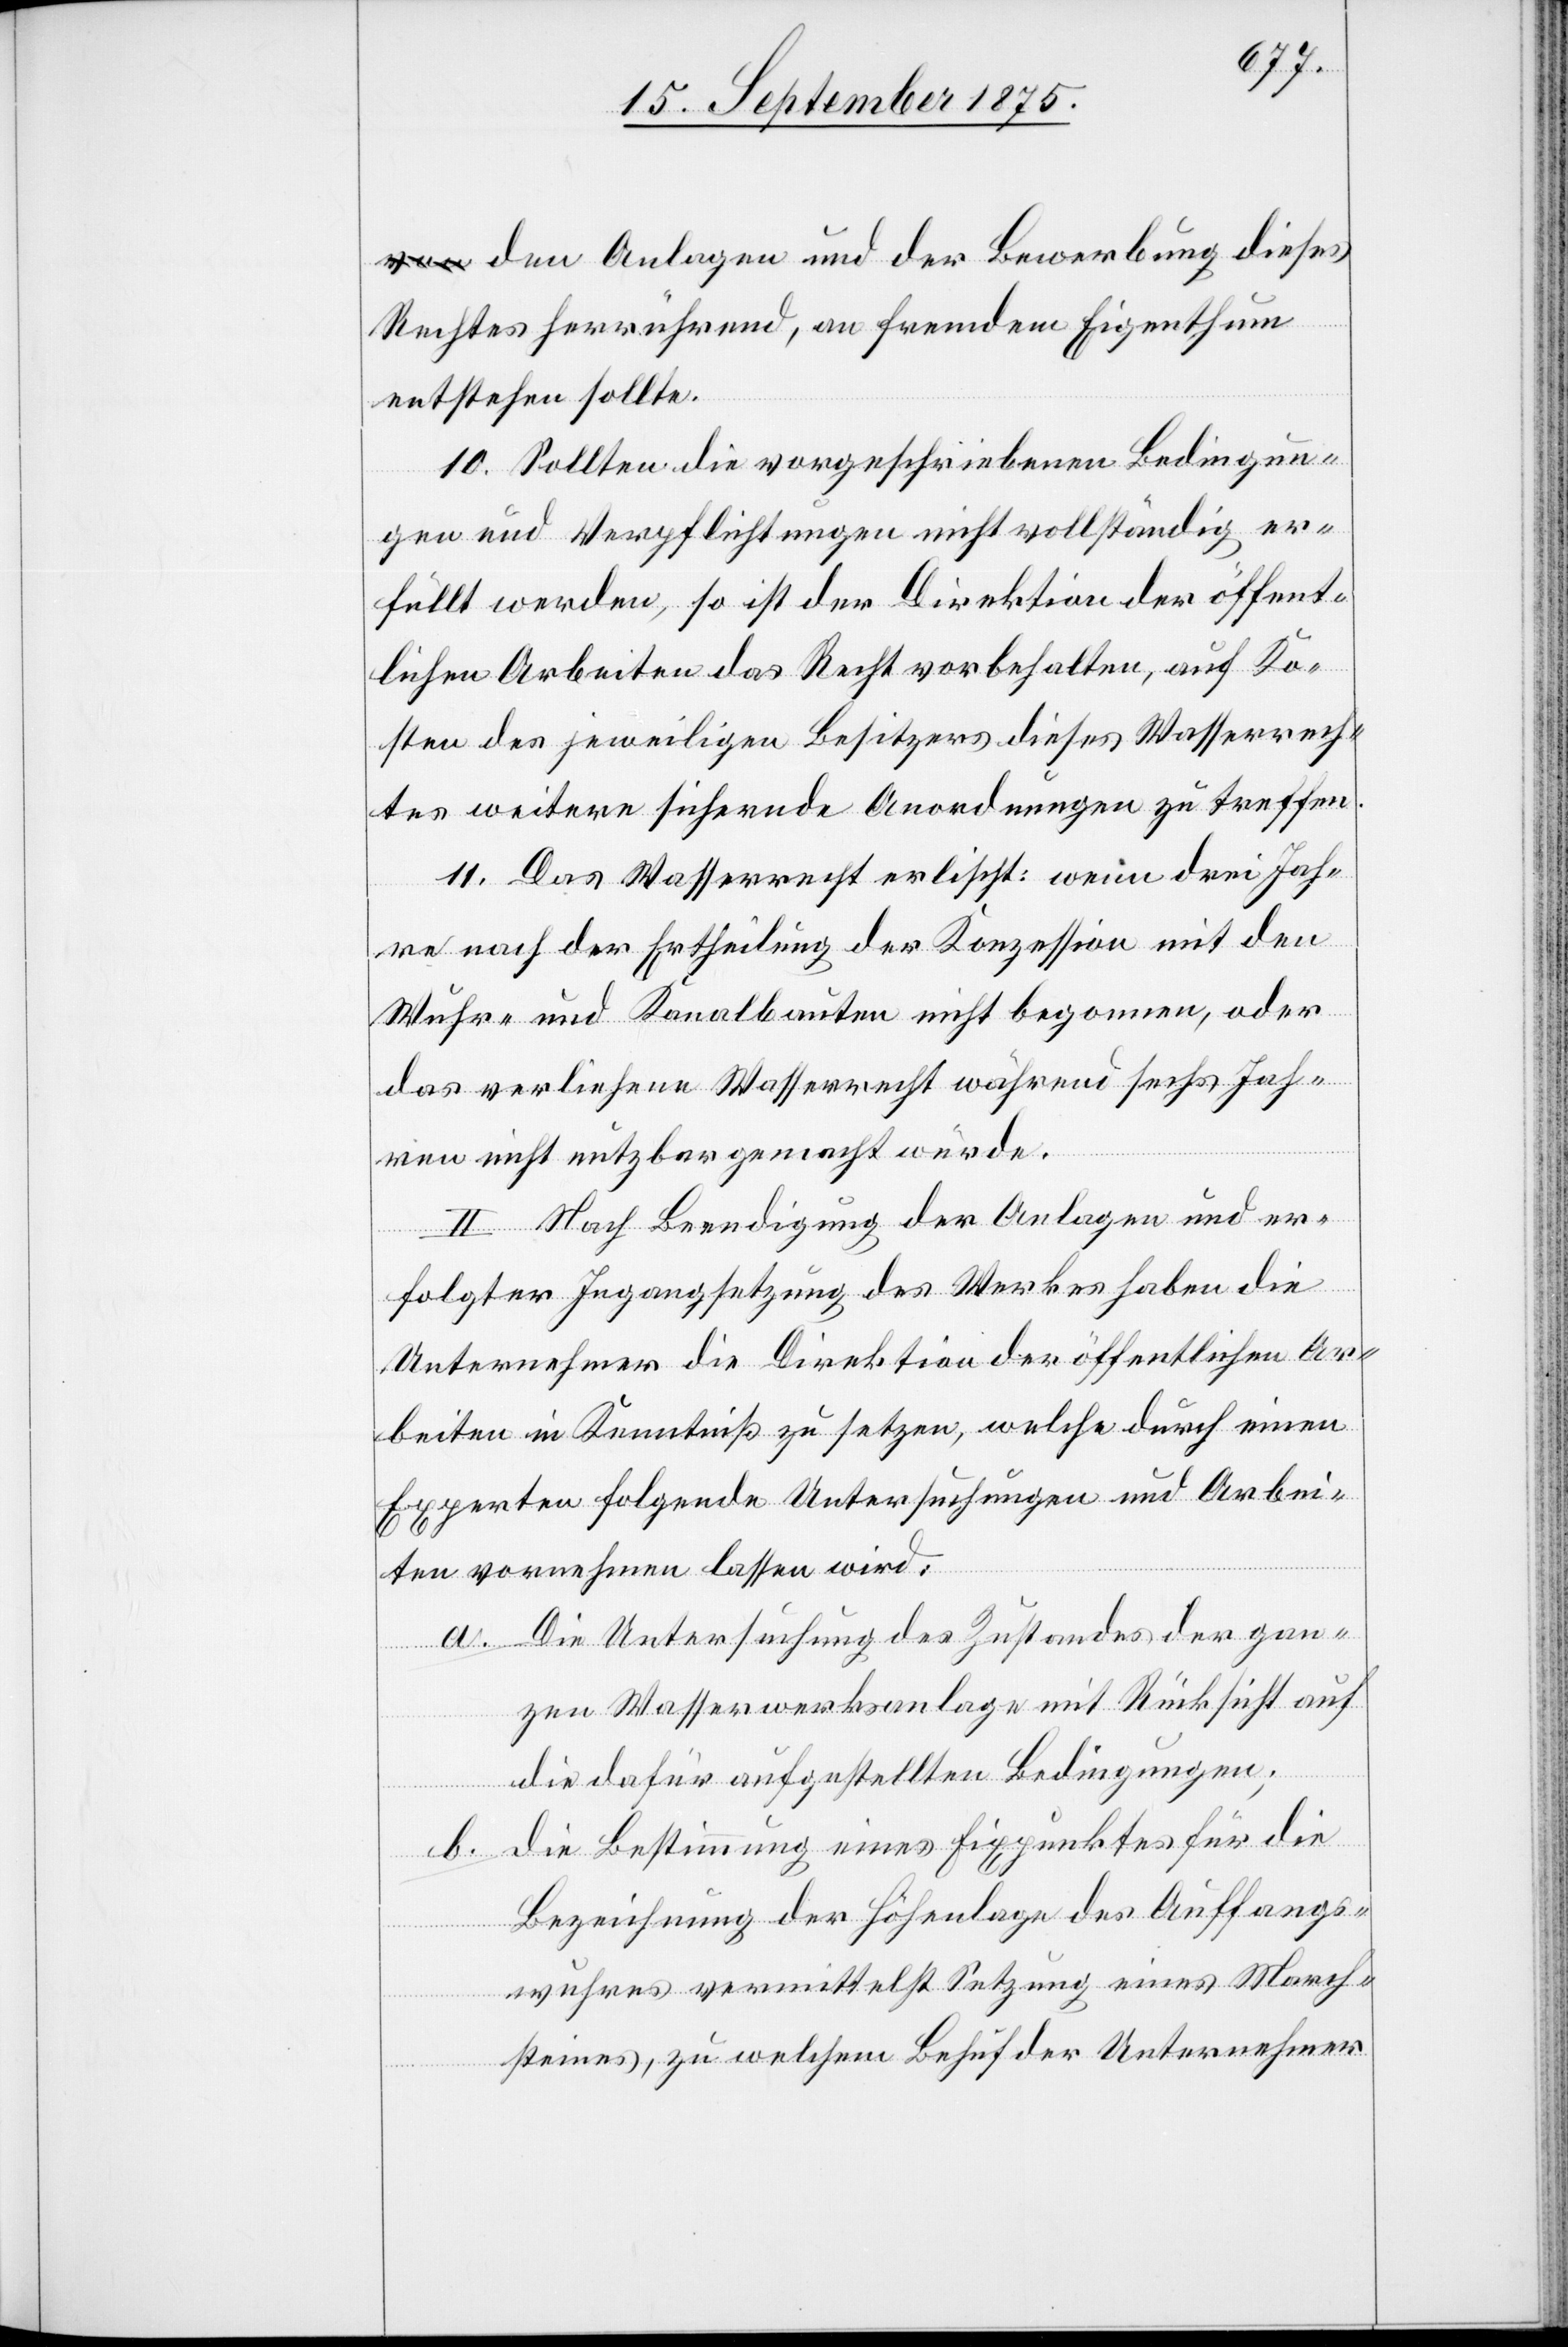
den Anlagen und der Bewerbung dieses
Rechtes herrührend, an fremden Eigenthum
entstehen sollte.
10. Sollten die vorgeschriebenen Bedingun¬
gen und Verpflichtungen nicht vollständig er¬
füllt werden, so ist der Direktion der öffent¬
lichen Arbeiten das Recht vorbehalten, auf Ko¬
sten des jeweiligen Besitzers dieses Wasserrech¬
tes weitere sichernde Anordnungen zu treffen.
11. Das Wasserrecht erlischt: wenn drei Jah¬
re nach der Ertheilung der Konzession mit den
Wuhr- und Kanalbauten nicht begonnen, oder
das verliehene Wasserrecht während sechs Jah¬
ren nicht nutzbar gemacht würde.
II. Nach Beendigung der Analgen und er¬
folgter Ingangsetzung des Werkes haben die
Unternehmer die Direktion der öffentlichen Ar¬
beiten in Kenntniß zu setzen, welche durch einen
Experten folgende Untersuchungen und Arbei¬
ten vornehmen lassen wird:
a. Die Untersuchung des Zustandes der gan¬
zen Wasserwerksanlage mit Rücksicht auf
die dafür aufgestellten Bedingungen;
b. die Bestimmung eines Fixpunktes für die
Bezeichnung der Höhenlage des Auffangs¬
wuhres vermittelst Setzung eines March¬
steines, zu welchem Behuf der Unternehmer